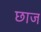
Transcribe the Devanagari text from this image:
छाज